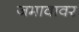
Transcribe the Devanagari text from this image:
जमावावर